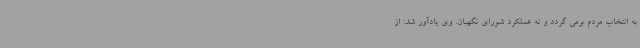
به انتخاب مردم برمی گردد و نه عملکرد شورای نگهبان. وی یادآور شد: از